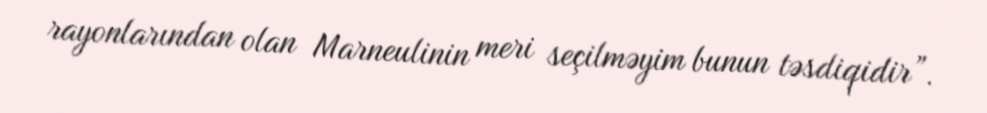
rayonlarından olan Marneulinin meri seçilməyim bunun təsdiqidir”.